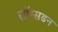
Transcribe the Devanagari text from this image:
लाॅग्सडन